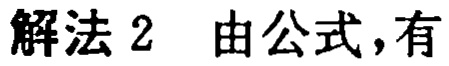
解法2 由公式，有